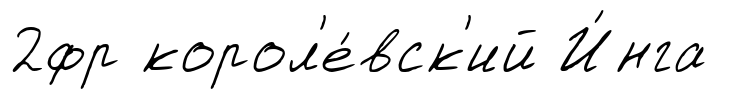
2фр корол'е́вск'ий И́нга